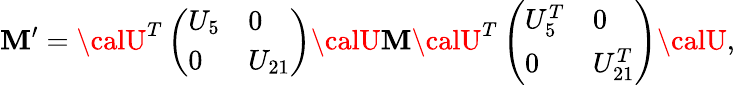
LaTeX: \mathbf{M}^{\prime}={\calU}^{T}\left(\begin{array}{ll}{{U_{5}}}&{{0}}\\ {{0}}&{{U_{21}}}\end{array}\right){\calU}\mathbf{M}{\calU}^{T}\left(\begin{array}{ll}{{U_{5}^{T}}}&{{0}}\\ {{0}}&{{U_{21}^{T}}}\end{array}\right){\calU},